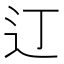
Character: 𫟧